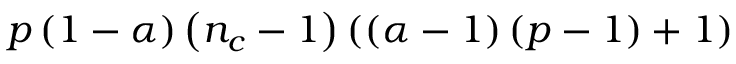
p \left( 1 - \alpha \right) \left( n _ { c } - 1 \right) \left( \left( \alpha - 1 \right) \left( p - 1 \right) + 1 \right)